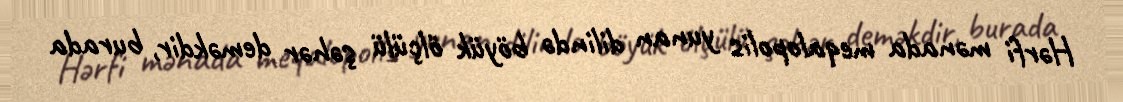
Hərfi mənada meqalopolis yunan dilində böyük ölçülü şəhər deməkdir, burada